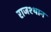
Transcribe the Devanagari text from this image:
राजश्थान